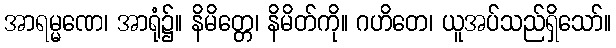
အာရမ္မဏေ၊ အာရုံ၌။ နိမိတ္တေ၊ နိမိတ်ကို။ ဂဟိတေ၊ ယူအပ်သည်ရှိသော်။